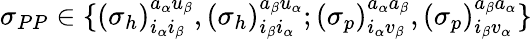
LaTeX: \begin{array}{r}{\sigma_{PP}\in\{ {(\sigma_{h})}_{i_{\alpha}i_{\beta}}^{a_{\alpha}u_{\beta}},{(\sigma_{h})}_{i_{\beta}i_{\alpha}}^{a_{\beta}u_{\alpha}};{(\sigma_{p})}_{i_{\alpha}v_{\beta}}^{a_{\alpha}a_{\beta}},{(\sigma_{p})}_{i_{\beta}v_{\alpha}}^{a_{\beta}a_{\alpha}}\} }\end{array}